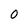
Character: 0